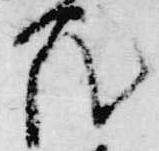
花